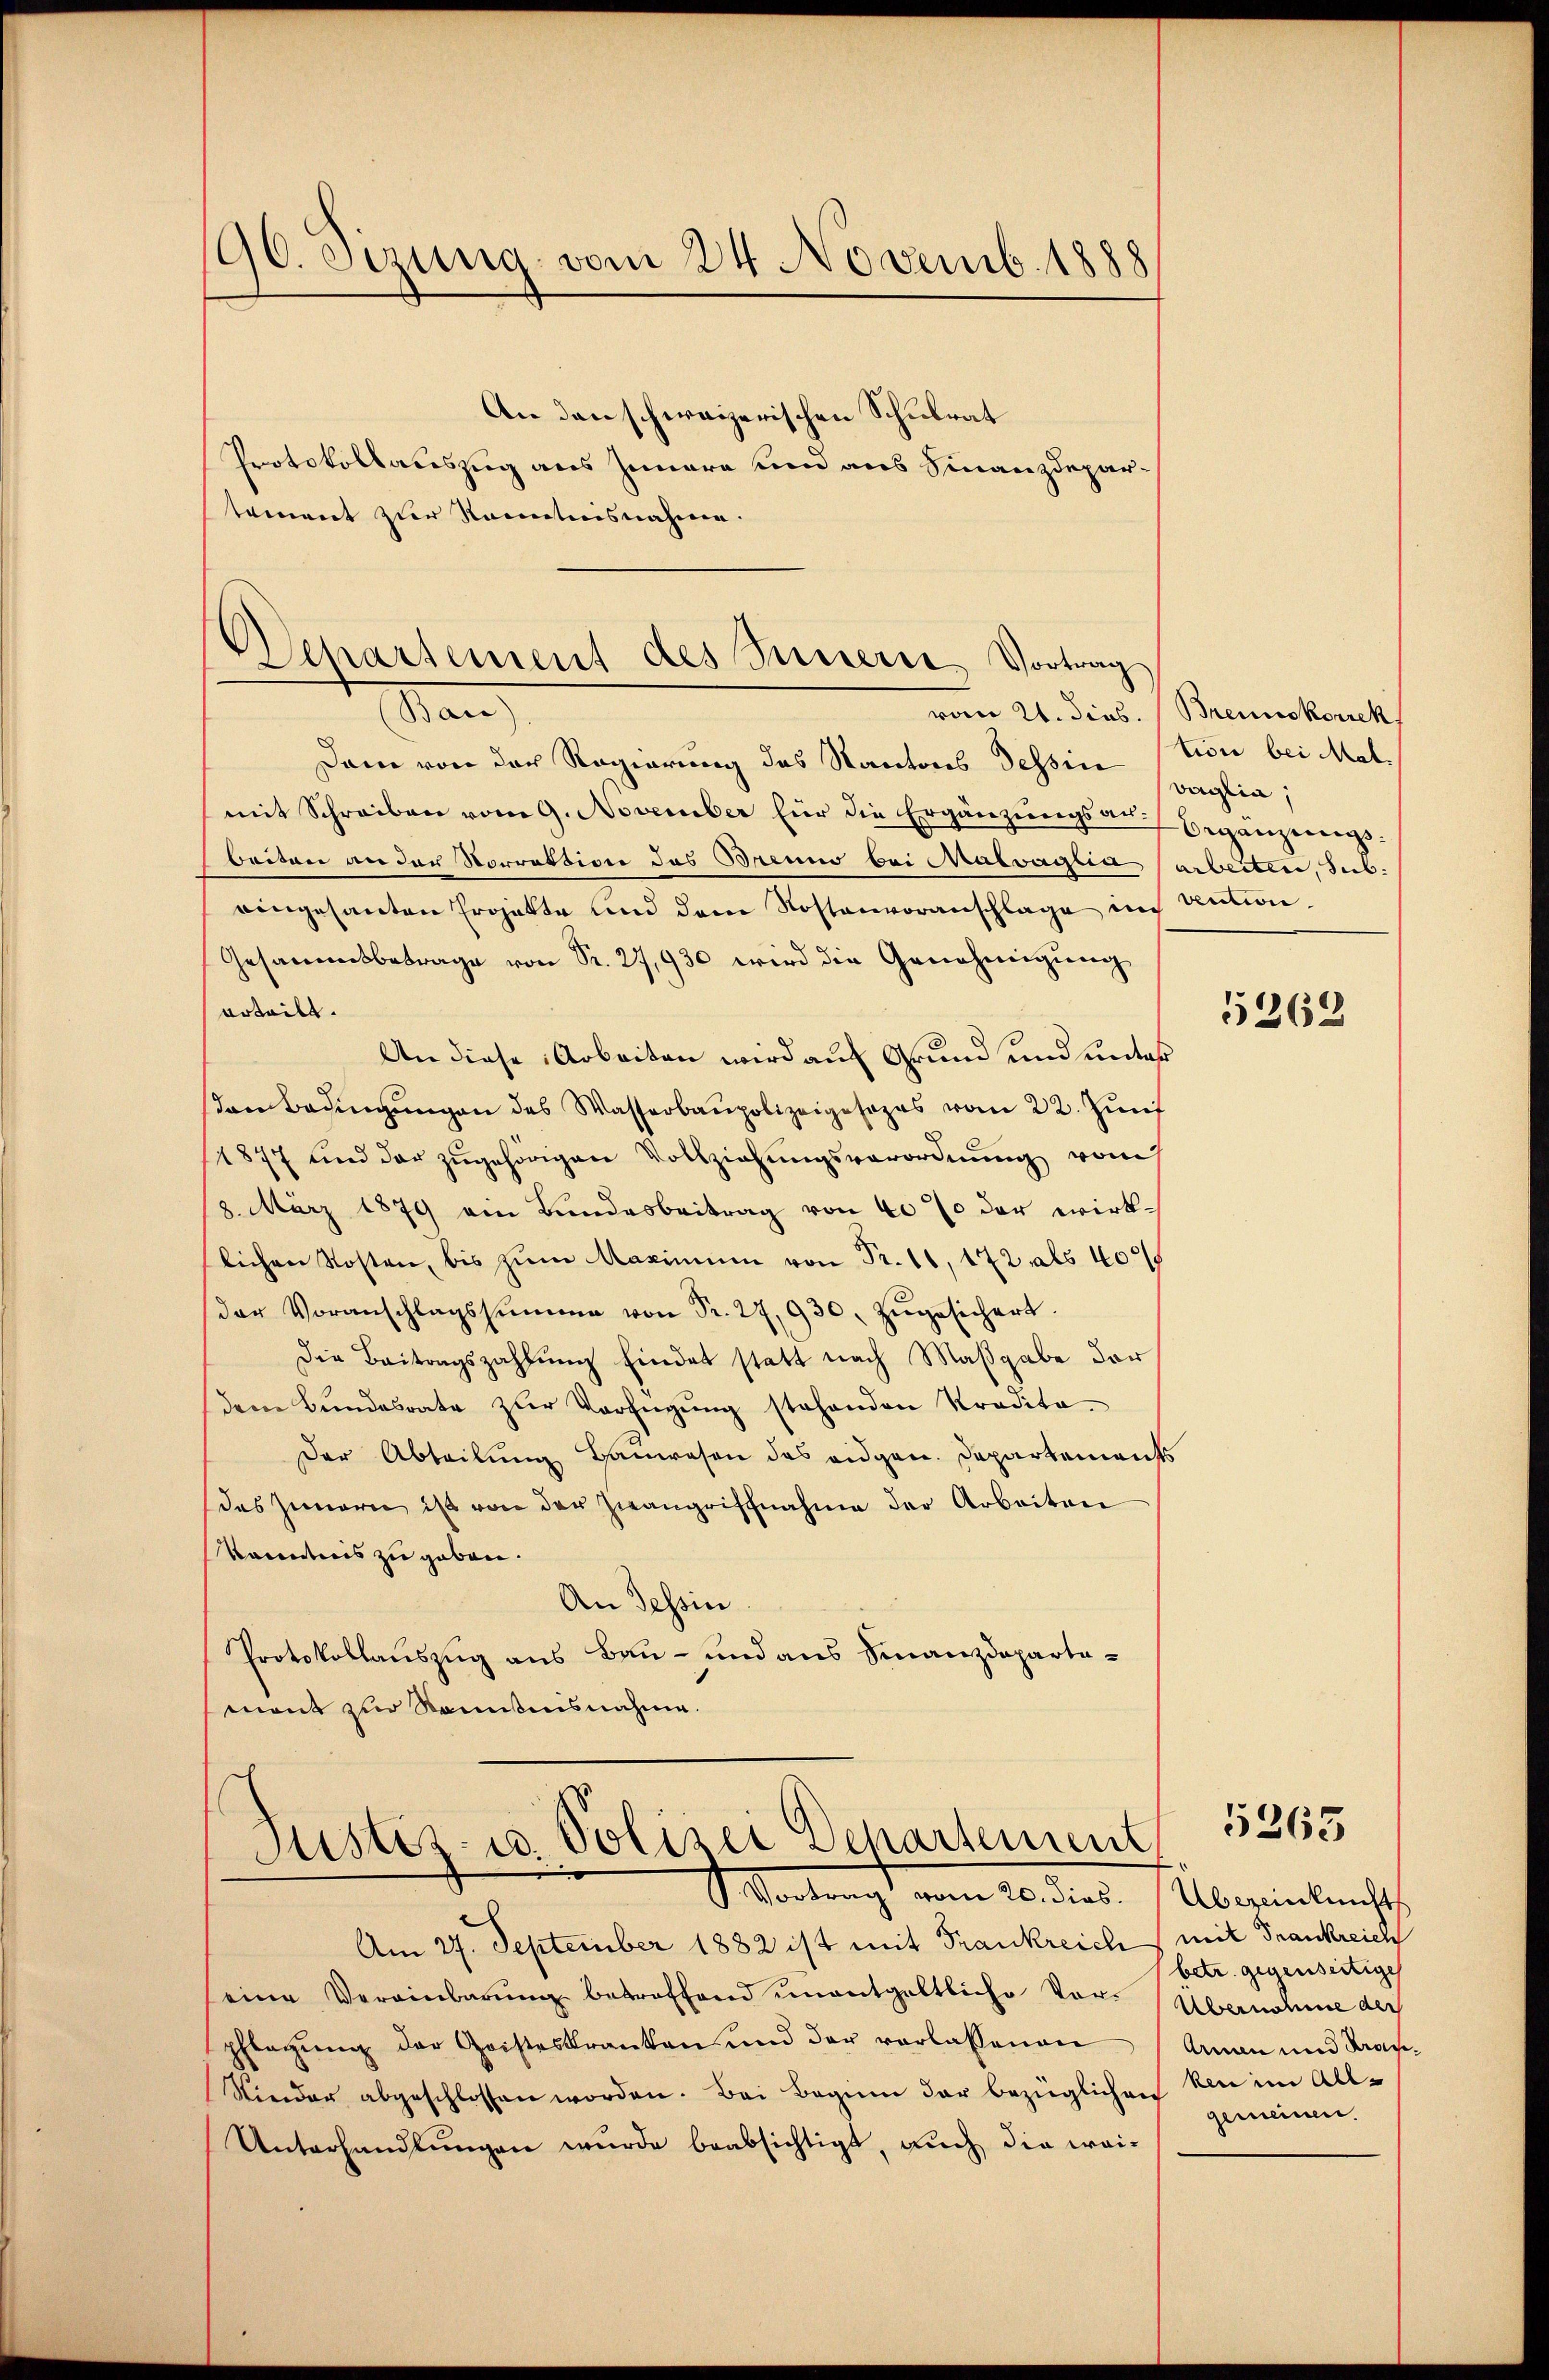
90. Sizung vom 24. Novemb. 1888

An den schweizerischen Schulrat
Protokollauszug aus Innere um aus Finanzdepartement zur Kenntnisnahme.

Departement des Bunserer Vortrag

Man
Dam von der Regierung des Kantons Tessin
mit Schreiben vom 9. November für die Ergänzungsauf Begangeregs-
beiten an der Norration des Brenno bei Malvaglia arbeiten, sub.
eingesanten Ergatte und dem Kostenvoranschlage in tution.
Gesammtbetrage von Sr. 27,930 wird die Genehmigung
erteilt.
An diese Arbeiten wird auf Grund und unter
den Bedingŭngen des Wasserbaupolizeigesezes vom 22. Jŭs
1877 und der zŭgehörigen Vollziehŭngsverordnung vom
18. März 1879 ein Bundesbeitrag von 40% der wirklichen Kosten, bis zum Maximum von Fr. 11, 172 als 400
der Voranschlagssumme von Fr. 27,930. zŭgesichert.
Die Beitragszahlung findet statt nach Maßgabe der
dem Bŭndesrate zŭr Verfügŭng stehenden Kredita
Der Abteilung Hanwesen des eidgen. Departements
des Innern ist von der Zwangrischnahme der Arbeiten
Vacenticis zu geben.
An Tessin.
Protokollauszug aus Bau- und aus Finanzdepartamont zur Rominisnahme.

Justiz- u. Polizei Departement
G. Vortragt vom 20. dies selberinternsth

vom 21. dies. Brennskorrek

Am 27. September 1882 ist mit Frankreich mit Frankreich
eine Vereinbarŭng betreffend ŭnentgeltliche Vor-Übernahme der
pflegŭng der Geisteskranken und der verlassenen Amman und Kran¬
Nieder abgeschlossen worden. Bei Beginn der bezüglichen kan im All-
Unterhandlungen wurde beabsichtigt, auch die wei¬

tion bei Mal.
voglia,

5362

5265

betr. gegenseitige
gemeinen